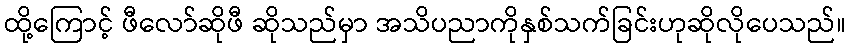
ထို့ကြောင့် ဖီလော်ဆိုဖီ ဆိုသည်မှာ အသိပညာကိုနှစ်သက်ခြင်းဟုဆိုလိုပေသည်။